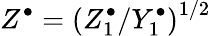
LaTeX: Z^{\bullet}=\left(Z_{1}^{\bullet}/Y_{1}^{\bullet}\right)^{1/2}